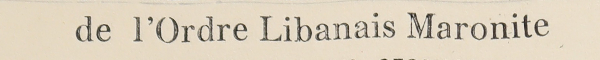
de L'Ordre Libanais Maronite